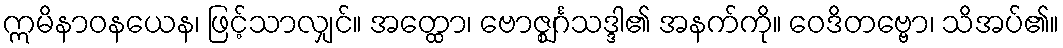
ဣမိနာဝနယေန၊ ဖြင့်သာလျှင်။ အတ္ထော၊ ဗောဇ္ဈင်္ဂသဒ္ဒါ၏ အနက်ကို။ ဝေဒိတဗ္ဗော၊ သိအပ်၏။